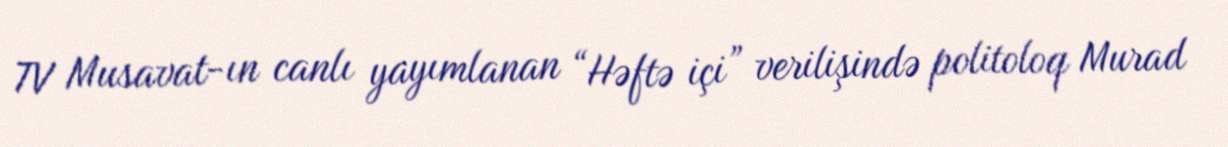
TV Musavat-ın canlı yayımlanan “Həftə içi” verilişində politoloq Murad